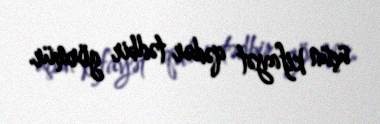
üçün kifayət qədər tədbir görmür.